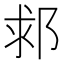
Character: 䣇